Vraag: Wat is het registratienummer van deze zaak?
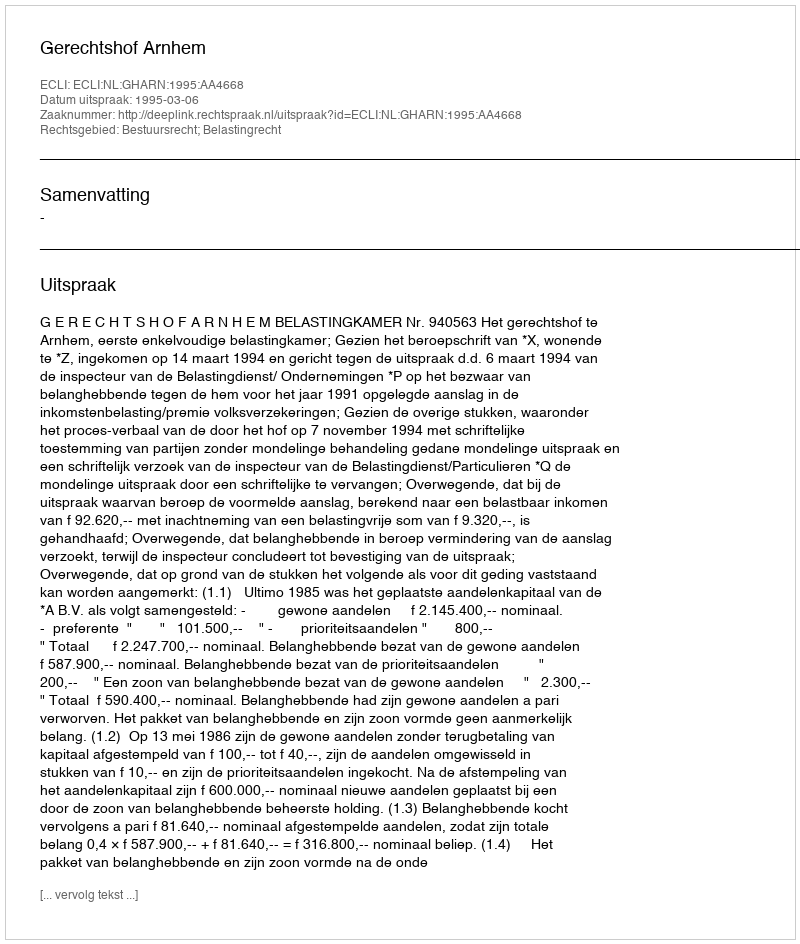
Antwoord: http://deeplink.rechtspraak.nl/uitspraak?id=ECLI:NL:GHARN:1995:AA4668